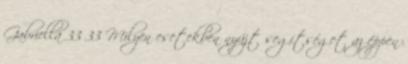
Gabriella 33 33 Milyen esetekben nyújt segítséget az éppen